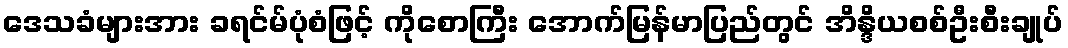
ဒေသခံများအား ခရင်မ်ပုံစံဖြင့် ကိုစောကြီး အောက်မြန်မာပြည်တွင် အိန္ဒိယစစ်ဦးစီးချုပ်